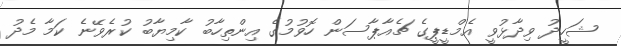
ޝަހީދު ވިދާޅުވީ އެމްޑީޕީގެ ޗެއާޕާސަން ހޮވުމުގެ އިންތިހާބު ކާމިޔާބު ކުރެވޭނެ ކަމާ މެދު